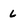
Character: L